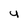
Character: 4